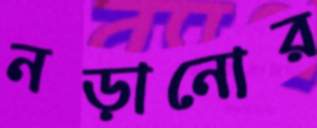
নড়ানোর